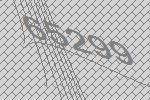
65299